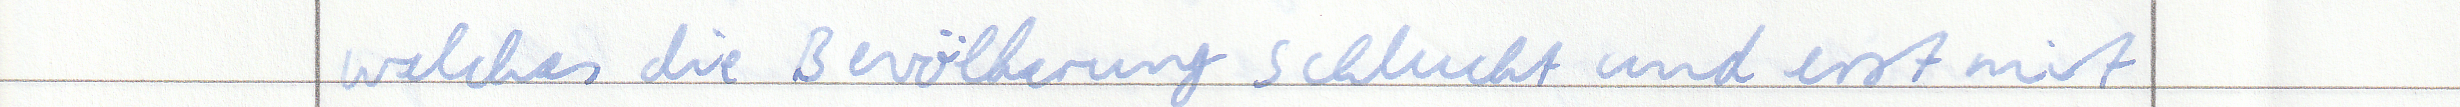
welches die Bevölkerung schluckt und erst mit